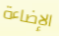
الإضاءة